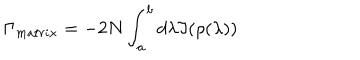
\Gamma _ { m a t r i x } = - 2 N \int _ { a } ^ { b } d \lambda \Im ( \rho ( \lambda ) )